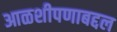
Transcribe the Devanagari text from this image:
आळशीपणाबद्दल